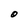
Character: O